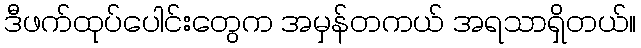
ဒီဖက်ထုပ်ပေါင်းတွေက အမှန်တကယ် အရသာရှိတယ်။